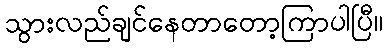
သွားလည်ချင်နေတာတော့ကြာပါပြီ။